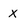
Character: x